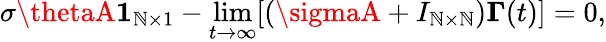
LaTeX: \sigma\thetaA\boldsymbol{1}_{\mathbb{N}\times1}-\operatorname*{lim}_{t\to\infty}[(\sigmaA+I_{\mathbb{N}\times\mathbb{N}})\boldsymbol{\Gamma}(t)]=0,